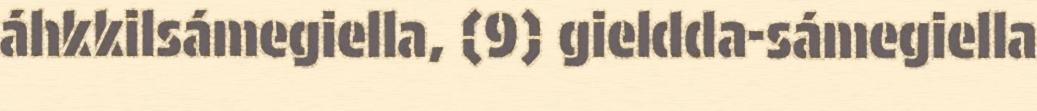
áhkkilsámegiella, (9) gieldda-sámegiella